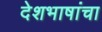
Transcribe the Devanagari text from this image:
देशभाषांचा